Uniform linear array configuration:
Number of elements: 8
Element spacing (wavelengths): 1
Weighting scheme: kaiser
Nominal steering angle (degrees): -60
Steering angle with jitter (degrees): -60.821
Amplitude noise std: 0.05
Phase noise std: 0.05

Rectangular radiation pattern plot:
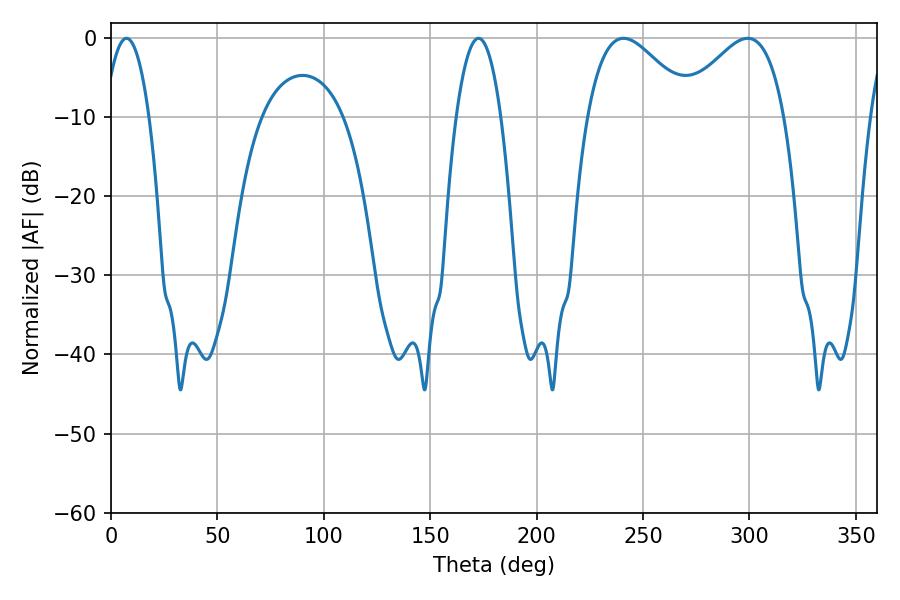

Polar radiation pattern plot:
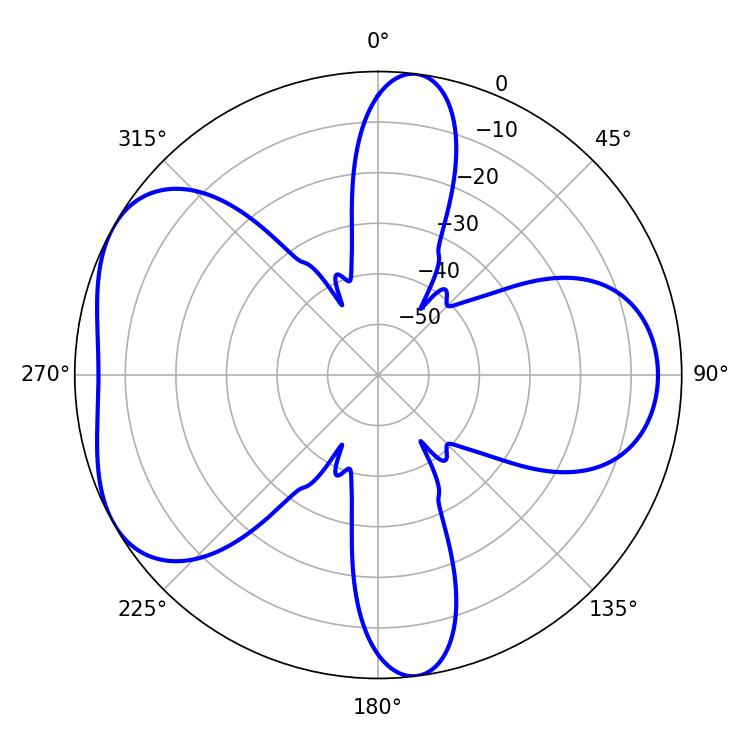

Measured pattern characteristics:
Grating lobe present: TRUE
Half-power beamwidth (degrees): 26.64
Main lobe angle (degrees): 240.84